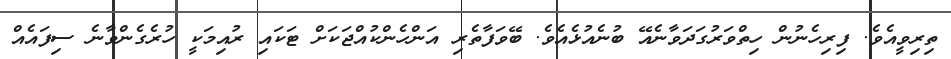
ތިރިވީއެވެ. ފިރިހެނުން ހިތްވަރުގަދަވާނެއޭ ބުނެއުޅެއެވެ. ބޭވަފާތެރި އަންހެންކުއްޖަކަށް ޓަކައި ރުއިމަކީ ހުރެގެންވާނެ ސިފައެއް